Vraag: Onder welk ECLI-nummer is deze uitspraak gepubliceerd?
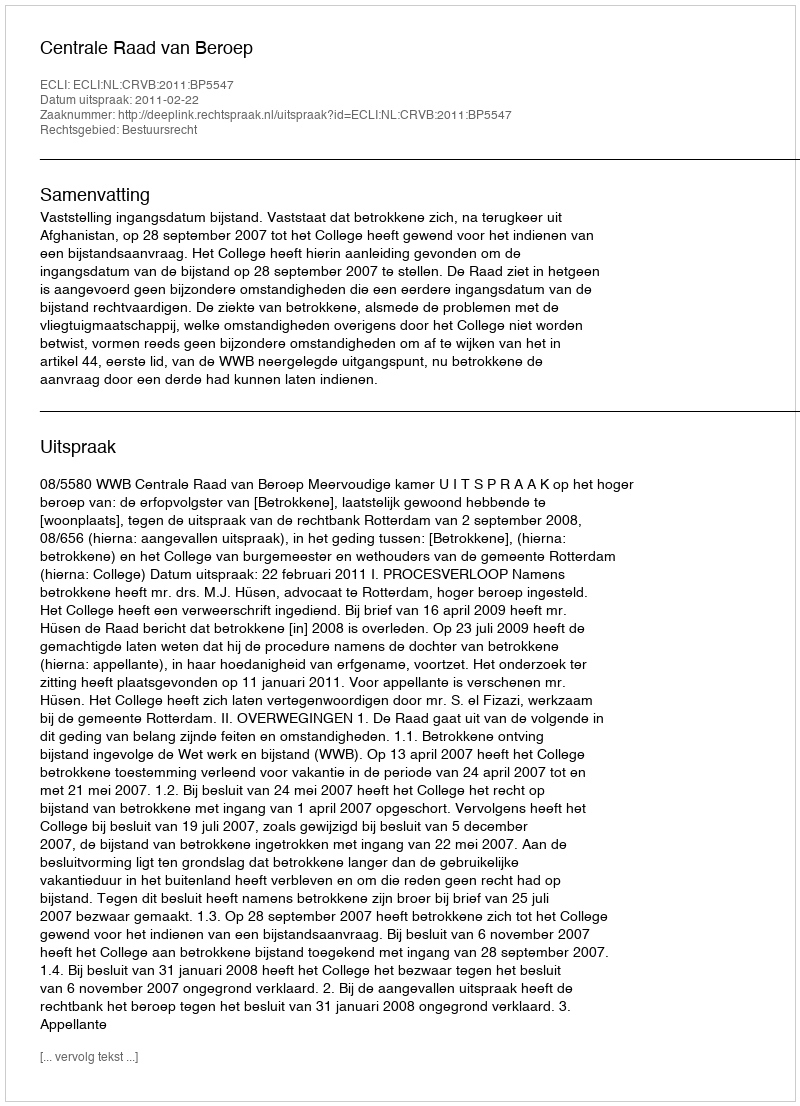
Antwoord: ECLI:NL:CRVB:2011:BP5547